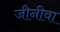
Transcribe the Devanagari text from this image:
जीनीवा